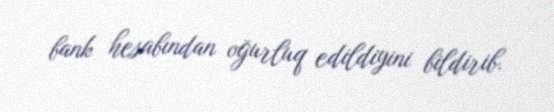
bank hesabından oğurluq edildiyini bildirib.